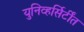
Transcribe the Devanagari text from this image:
युनिव्हर्सिर्टींत